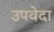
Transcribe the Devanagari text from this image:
उपवेदा